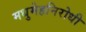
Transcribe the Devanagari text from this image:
मधुमेहनिरोधी